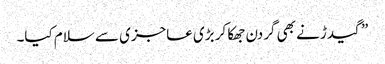
” گیدڑ نے بھی گردن جھکا کر بڑی عاجزی سے سلام کیا۔